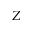
Z